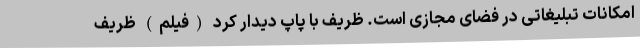
امکانات تبلیغاتی در فضای مجازی است. ظریف با پاپ دیدار کرد (فیلم) ظریف